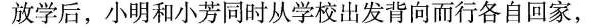
放学后，小明和小芳同时从学校出发背向而行各自回家，